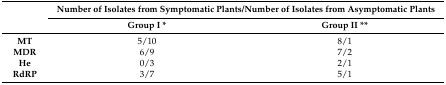
| <ROWSPAN=2>  | <COLSPAN=2> Number of Isolates from Symptomatic Plants/Number of Isolates from Asymptomatic Plants |
 | Group I * | Group II ** |
 | --- | --- | --- |
 | MT | 5/10 | 8/1 |
 | MDR | 6/9 | 7/2 |
 | He | 0/3 | 2/1 |
 | RdRP | 3/7 | 5/1 |